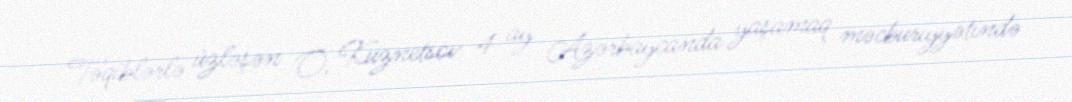
Təqiblərlə üzləşən O. Kuznetsov 4 ay Azərbaycanda yaşamaq məcburiyyətində